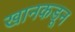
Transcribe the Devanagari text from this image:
खानकडून